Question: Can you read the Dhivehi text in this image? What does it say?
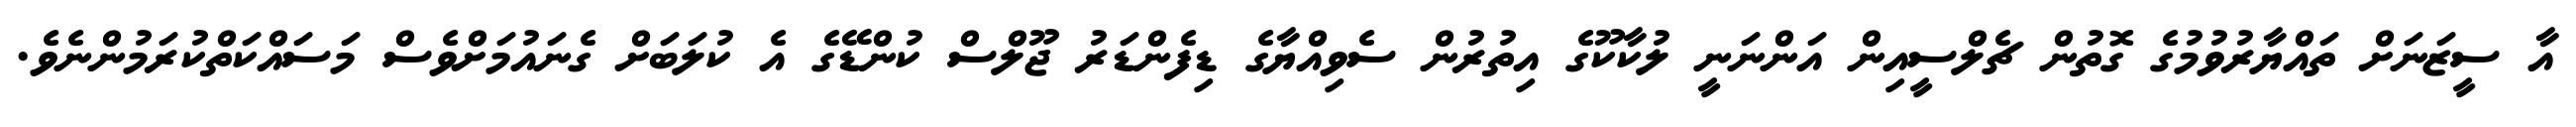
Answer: އާ ސީޒަނަށް ތައްޔާރުވުމުގެ ގޮތުން ޗެލްސީއިން އަންނަނީ ލުކާކޫގެ އިތުރުން ސެވިއްޔާގެ ޑިފެންޑަރު ޖޫލްސް ކުންޑޭގެ އެ ކުލަބަށް ގެނައުމަށްވެސް މަސައްކަތްކުރަމުންނެވެ.